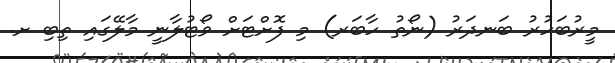
މީރުބަހުރު ބަނދަރު (ނޯތު ހާބަރ) މި ފޮށްޓަށް ވޯޓުލާނީ މާލޭގައި ތިބި ށ.